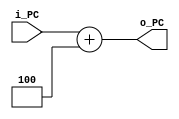
module adder (
    input [31:0] i_PC,
    output [31:0] o_PC
);
assign o_PC = i_PC + 4;    
endmodule